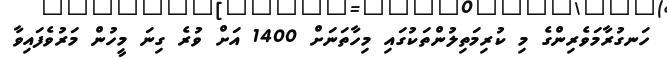
ހަނގުރާމަވެރިންގެ މި ކުރިމަތިލުންތަކުގައި މިހާތަނަށް 1400 އަށް ވުރެ ގިނަ މީހުން މަރުވެފައިވާ